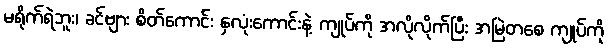
မရိုက်ရဲဘူး၊ ခင်ဗျား စိတ်ကောင်း နှလုံးကောင်းနဲ့ ကျုပ်ကို အလိုလိုက်ပြီး အမြဲတစေ ကျုပ်ကို